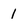
Character: 1